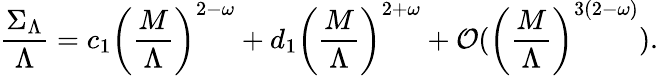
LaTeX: \frac{\Sigma_{\Lambda}}{\Lambda}=c_{1}\left(\frac{M}{\Lambda}\right)^{2-\omega}+d_{1}\left(\frac{M}{\Lambda}\right)^{2+\omega}+{\cal O}(\left({\frac{M}{\Lambda}}\right)^{3(2-\omega)}).